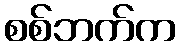
စစ်ဘက်က